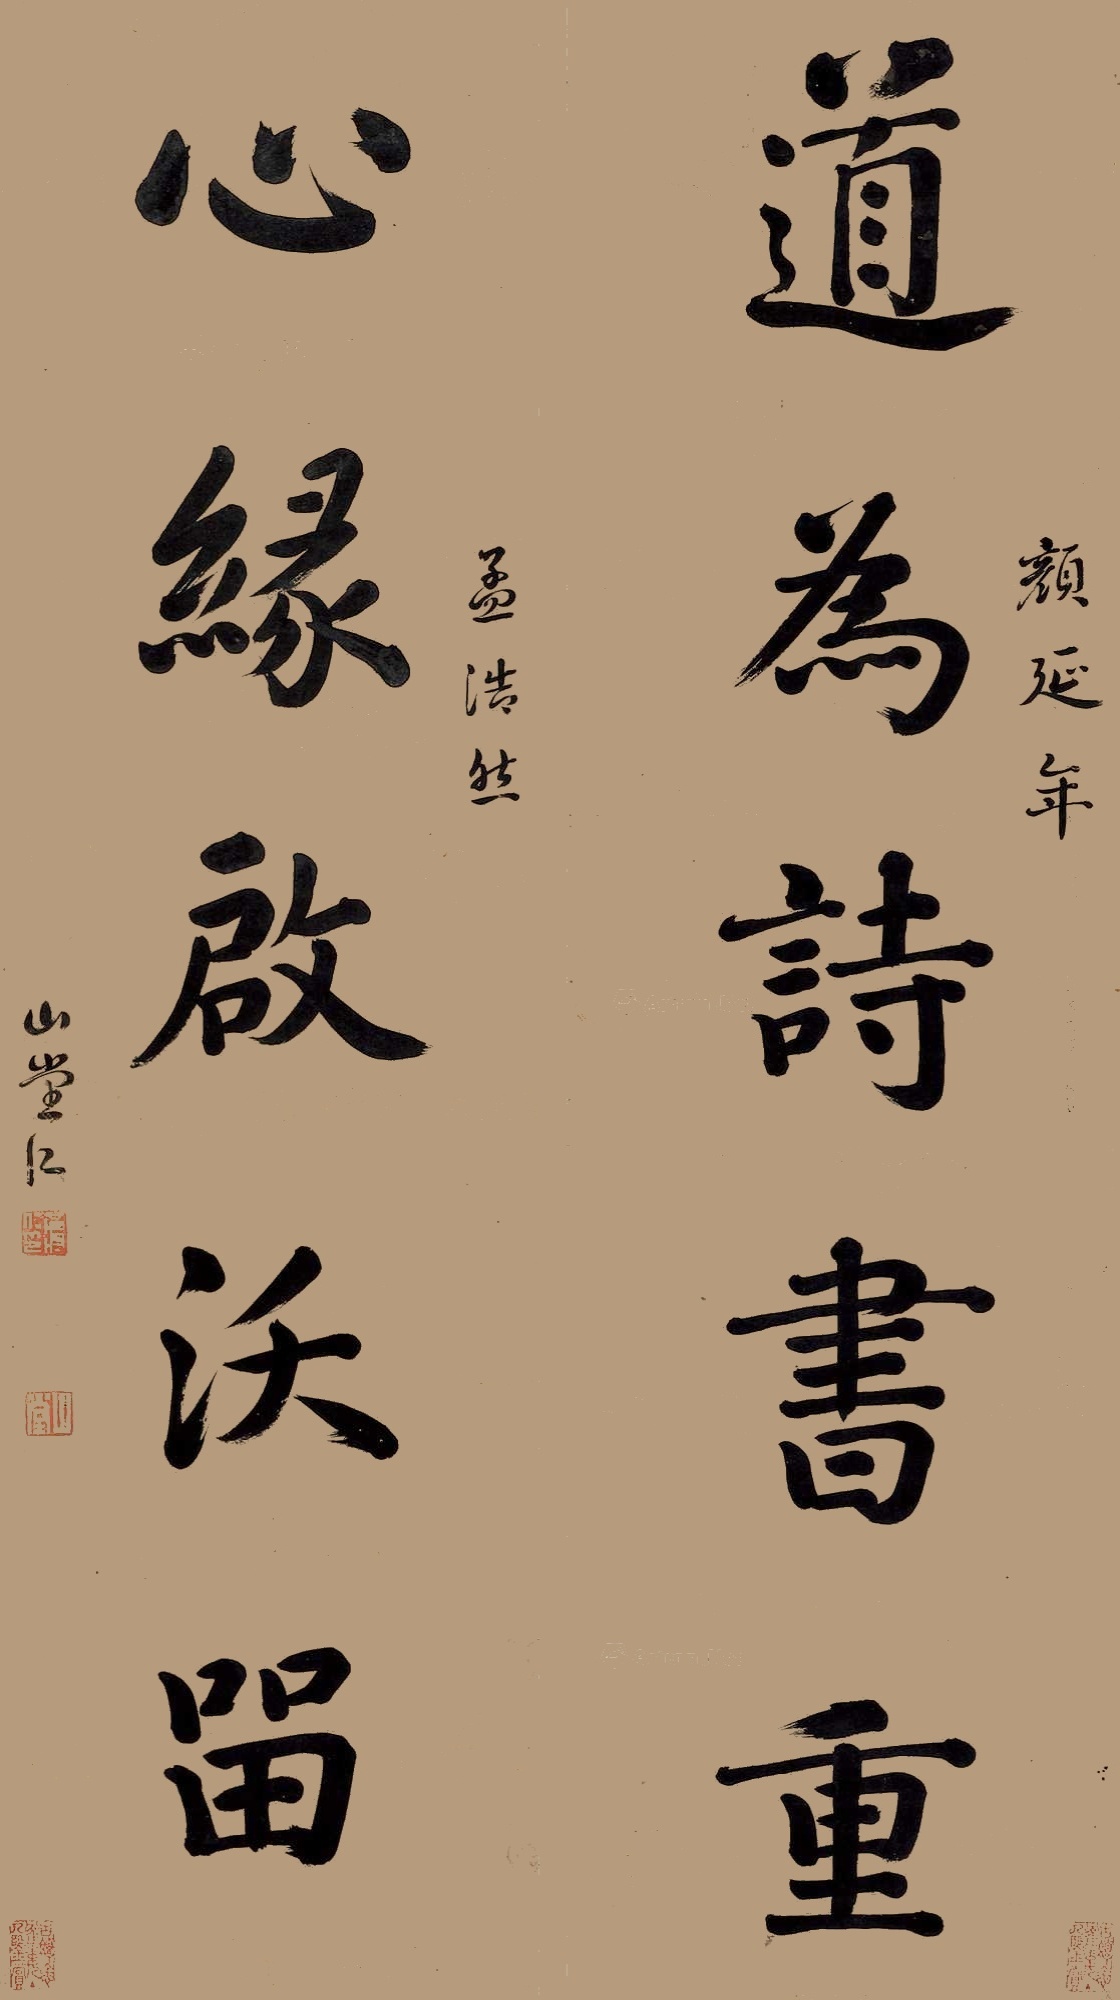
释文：道为诗书重，心缘启沃留。颜延年，孟浩然，山堂仁。